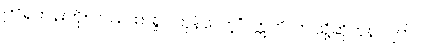
ဤရဟန်းကို။ ပဿထ၊ ရှုပါကုန်လော့”။ ဣတိ၊ ဤသို့ဆိုကုန်လျက်။